Report on lock hospitals in British Burma
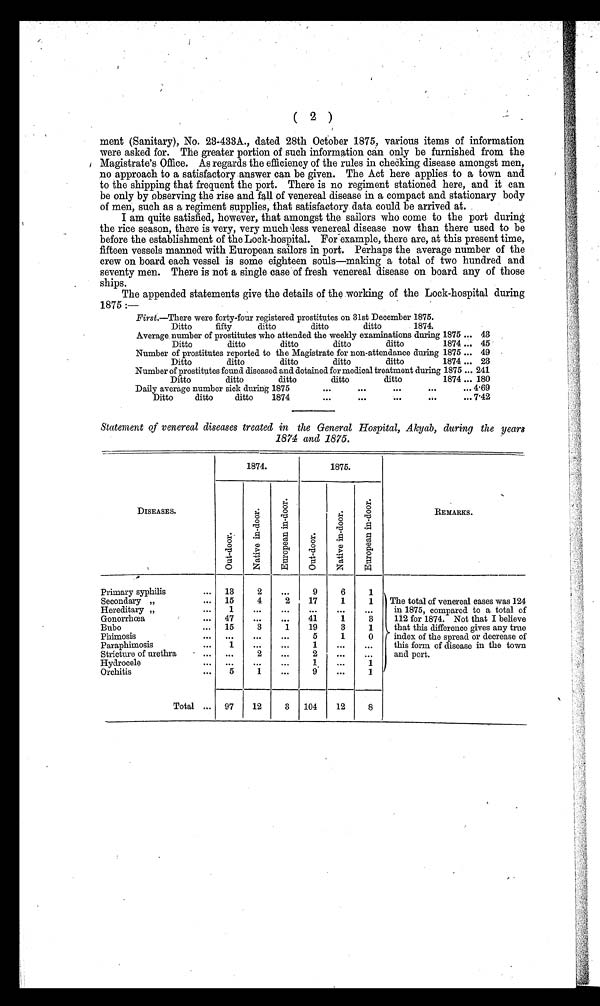
( 2 )
ment (Sanitary), No. 23-433A., dated 28th October 1875, various items of information
were asked for. The greater portion of such information can only be furnished from the
Magistrate's Office. As regards the efficiency of the rules in checking disease amongst men,
no approach to a satisfactory answer can be given. The Act here applies to a town and
to the shipping that frequent the port. There is no regiment stationed here, and it can
be only by observing the rise and fall of venereal disease in a compact and stationary body
of men, such as a regiment supplies, that satisfactory data could be arrived at.
I am quite satisfied, however, that amongst the sailors who come to the port during
the rice season, there is very, very much less venereal disease now than there used to be
before the establishment of the Lock-hospital. For example, there are, at this present time,
fifteen vessels manned with European sailors in port. Perhaps the average number of the
crew on board each vessel is some eighteen souls—making a total of two hundred and
seventy men. There is not a single case of fresh venereal disease on board any of those
ships.
The appended statements give the details of the working of the Lock-hospital during
1875 :—
First.—There were forty-four registered prostitutes on 31st December 1875.
Ditto
fifty
ditto
ditto
ditto
1874.
Average number of prostitutes who attended the weekly examinations during 1875 ... 43
Ditto
ditto
ditto
ditto
ditto
1874 ... 45
Number of prostitutes reported to the Magistrate for non-attendance during 1875 ... 49
Ditto
ditto
ditto
ditto
ditto
1874 ... 23
Number of prostitutes found diseased and detained for medical treatment during 1875 ... 241
Ditto
ditto
ditto
ditto
ditto
1874 ... 180
Daily average number sick during 1875
•••
•••
•••
•••
... 4.69
Ditto
ditto
ditto
1874
•••
•••
•••
...
...7.42
Statement of venereal diseases treated in the General Hospital, Akyab, during the years
1874 and 1875.
DISEASES.
1874.
1875.
REMARKS.
O u t - d o o r .
N a t i v e i n - d o o r .
E u r o p e a n i n - d o o r .
O u t - d o o r .
N a t i v e i n - d o o r .
E u r o p e a n i n - d o o r .
Primary syphilis
...
13
2
•••
9
6
1
Secondary „
...
15
4
2
17
1
1
The total of venereal eases was 124
in 1875, compared to a total of
112 for 1874. Not that I believe
that this difference gives any true
index of the spread or decrease of
this form of disease in the town
and port.
Hereditary „
...
1
...
•••
•••
•••
•••
Gonorrhæa
...
47
•••
•••
41
1
3
Bubo
...
15
3
1
19
3
1
Phimosis
•••
•••
...
•••
5
1
0
Paraphimosis
...
1
•••
•••
1
•••
•••
Stricture of urethra
- •••
•••
2
•••
2
•••
•••
Hydrocele
•••
•••
...
1
Orchitis
...
5
1
•••
9
•••
1
Total ...
97
12
3
104
12
8